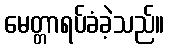
မေတ္တာရပ်ခံခဲ့သည်။